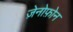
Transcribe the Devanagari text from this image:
ज़ेनोफ़ोन